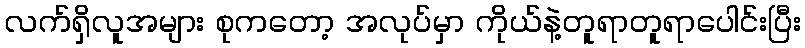
လက်ရှိလူအများ စုကတော့ အလုပ်မှာ ကိုယ်နဲ့တူရာတူရာပေါင်းပြီး